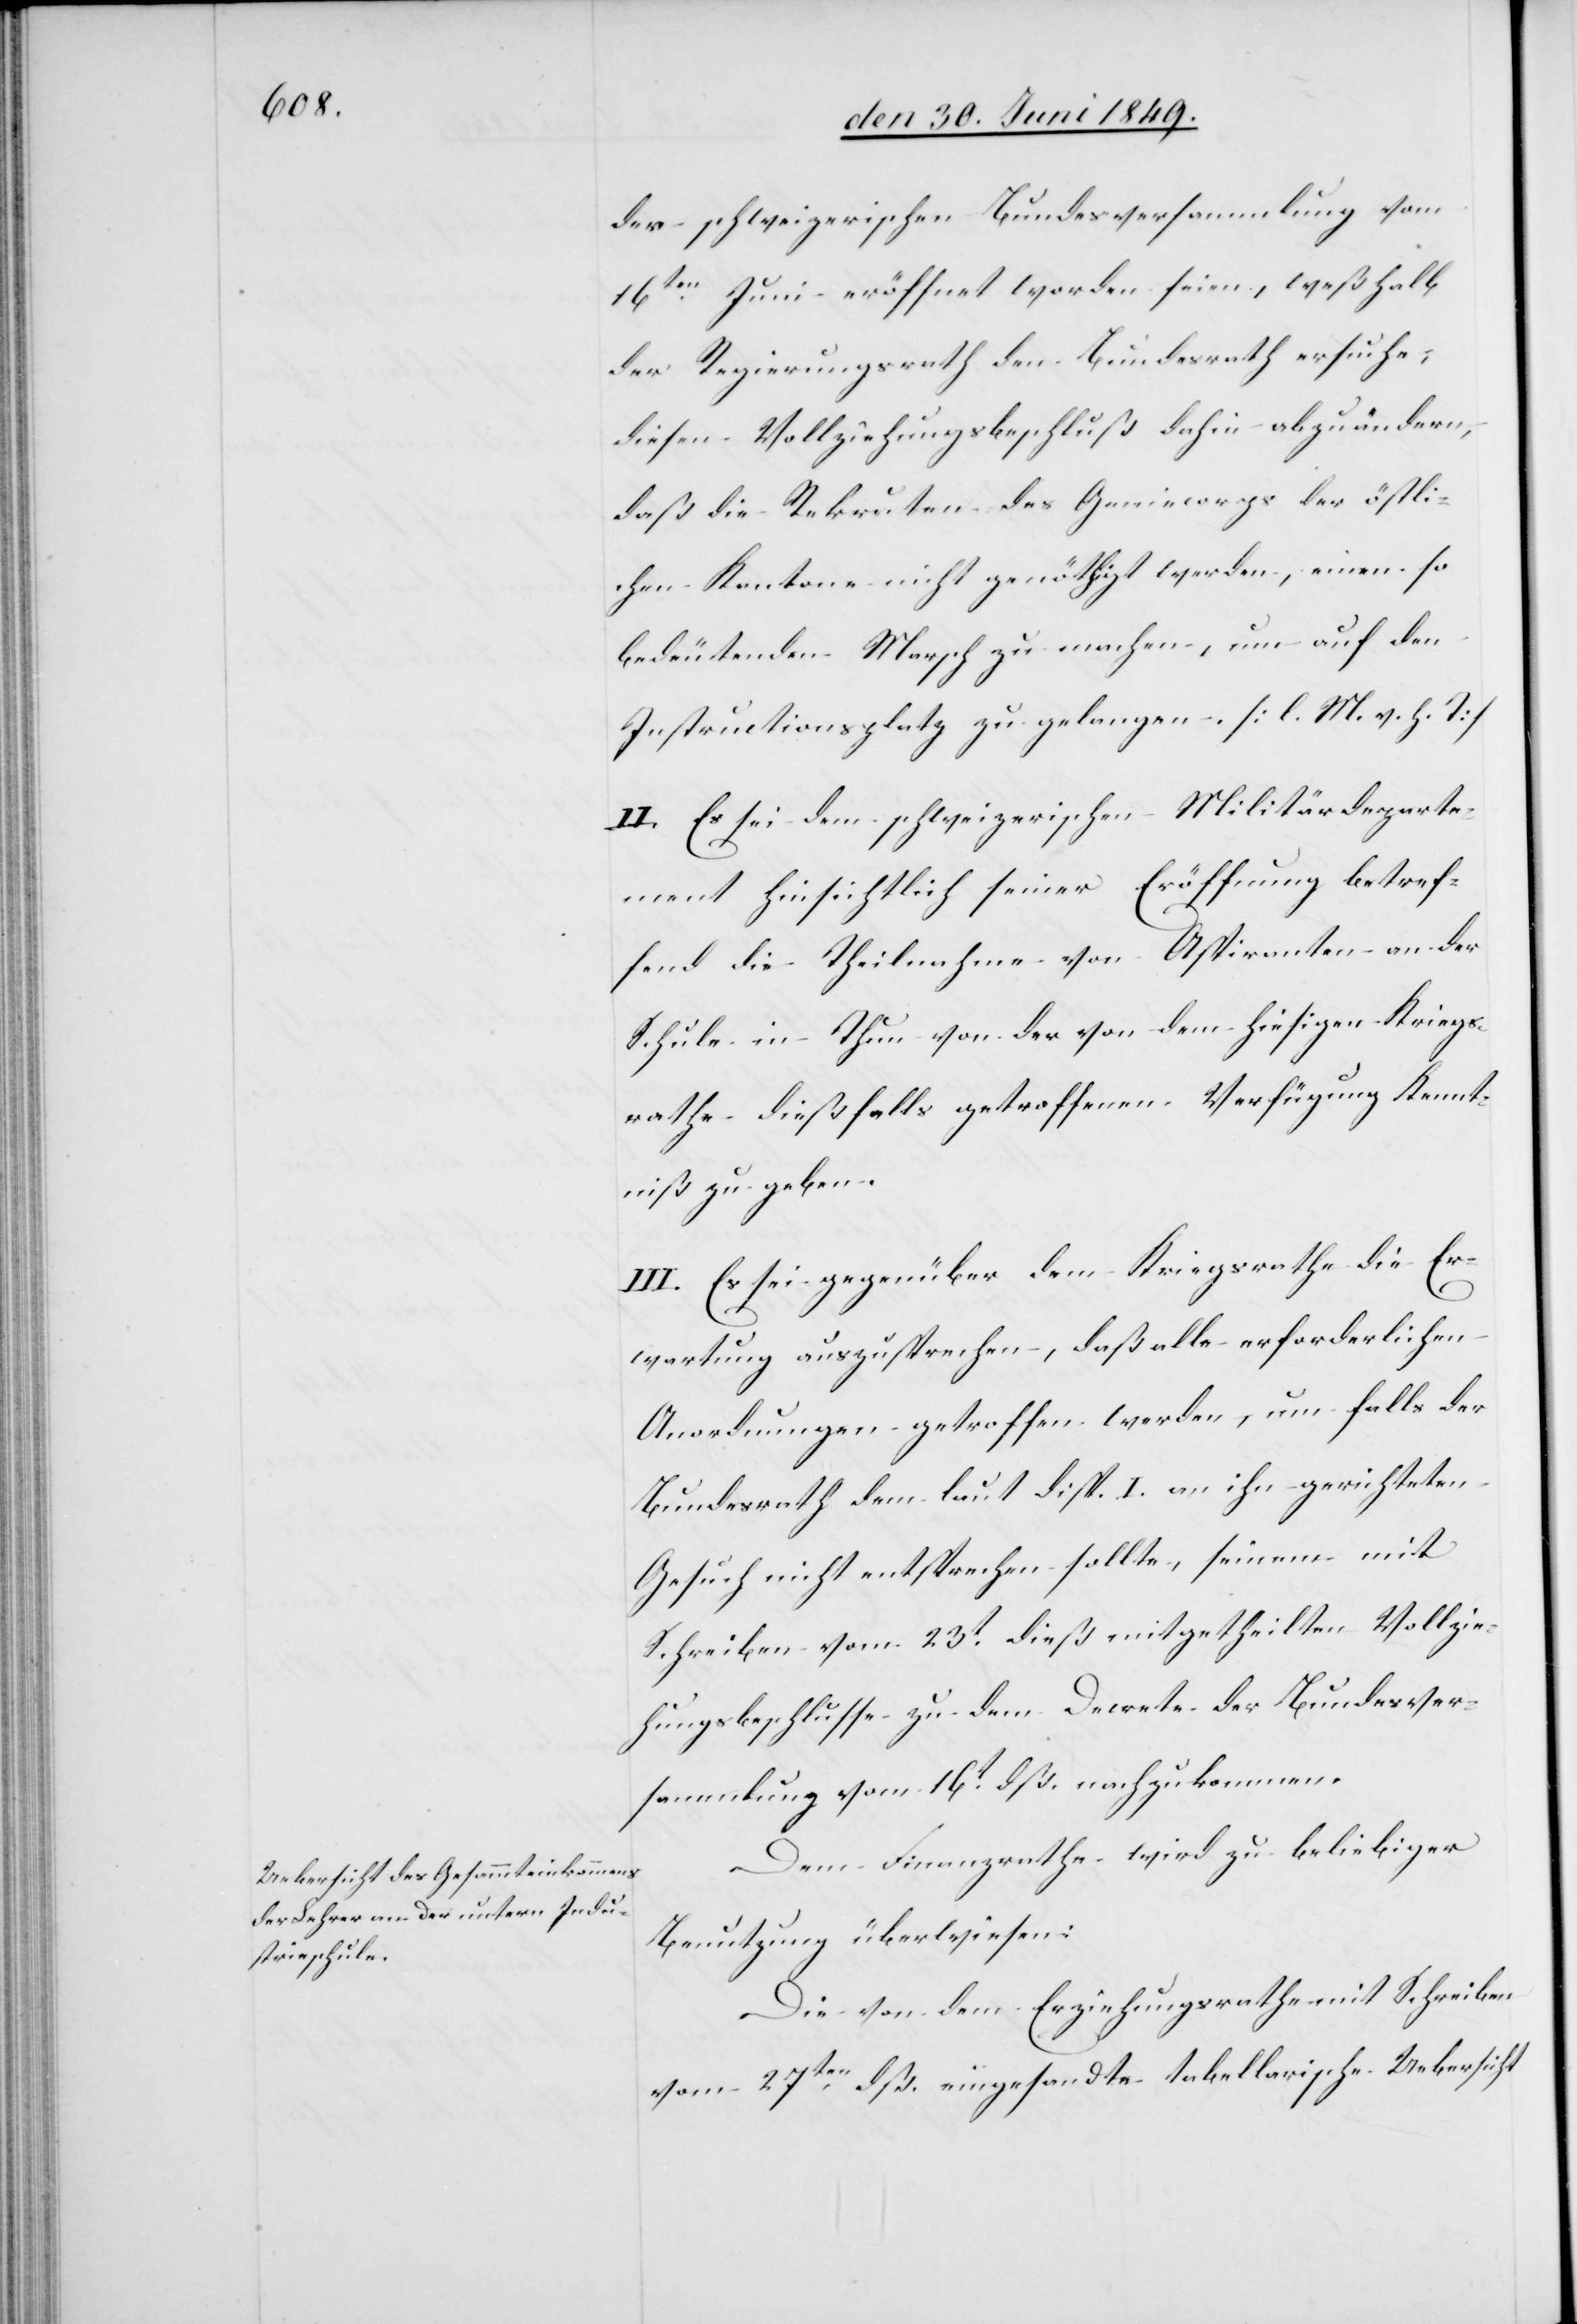
der schweizerischen Bundesversammlung vom
16ten Juni eröffnet worden seien, weßhalb
der Regierungsrath den Bundesrath ersuche;
diesen Vollziehungsbeschluß dahin abzuändern,
daß die Rekruten des Geniecorps der östli¬
chen Kantone nicht genöthigt werden, einen so
bedeutenden Marsch zu machen, um auf den
Instructionsplatz zu gelangen. [l. M. h. T]
II. Es sei dem schweizerischen Militärdeparte¬
ment hinsichtlich seiner Eröffnung betref¬
fend die Theilnahme von Aspiranten an der
Schule in Thun von der von dem hiesigen Kriegs¬
rathe dießfalls getroffenen Verfügung Kennt¬
niß zu geben.
III. Es sei gegenüber dem Kriegsrathe die Er¬
wartung auszusprechen, daß alle erforderlichen
Anordnungen getroffen werden, um falls der
Bundesrath dem laut disp. I. an ihn gerichteten
Gesuch nicht entsprechen sollte, seinem mit
Schreiben vom 23t dieß mitgetheilten Vollzie¬
hungsbeschlusse zu dem Decrete der Bundesver¬
sammlung vom 16t dß. nachzukommen.
Dem Finanzrathe wird zu beliebiger
Benutzung überwiesen:
Die von dem Erziehungsrathe mit Schreiben
vom 27ten eingesandte tabellarische Uebersicht